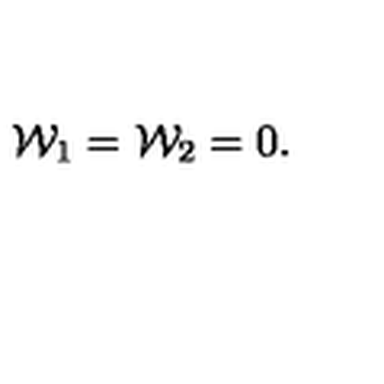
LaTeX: { \cal W } _ { 1 } = { \cal W } _ { 2 } = 0 .